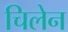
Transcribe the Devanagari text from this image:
चिलेन